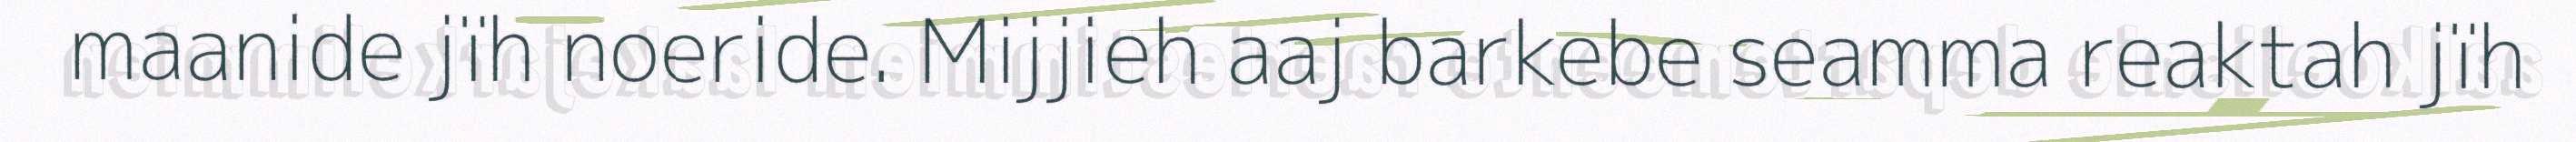
maanide jïh noeride. Mijjieh aaj barkebe seamma reaktah jïh